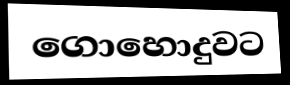
ගොහොදුවට